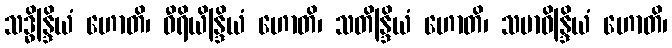
သဒ္ဓိန္ဒြိယံ ဟောတိ၊ ဝီရိယိန္ဒြိယံ ဟောတိ၊ သတိန္ဒြိယံ ဟောတိ၊ သမာဓိန္ဒြိယံ ဟောတိ၊